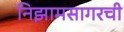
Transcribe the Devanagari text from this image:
निझामसागरची